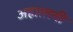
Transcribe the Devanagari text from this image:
अहात्लची